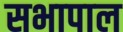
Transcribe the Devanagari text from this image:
सभापाल